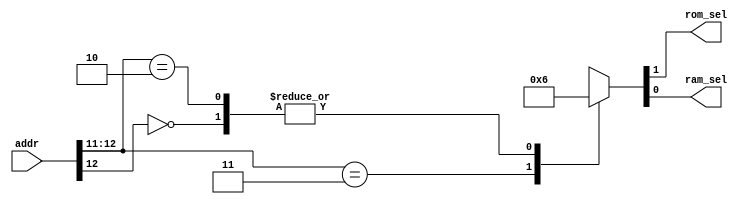
`timescale 1ns / 1ps
//////////////////////////////////////////////////////////////////////////////////
// Company: 
// Engineer: 
// 
// Design Name: 
// Module Name: addr_decode
// Project Name: 
// Target Devices: 
// Tool Versions: 
// Description: 
// 
// Dependencies: 
// 
// Revision:
// Revision 0.01 - File Created
// Additional Comments:
// 
//////////////////////////////////////////////////////////////////////////////////


module addr_decode(    
    rom_sel,
    ram_sel,
    addr
    );
    output  rom_sel, ram_sel;
    input   [12:0]   addr;
    reg rom_sel, ram_sel;
    
    always@(addr)
        begin
            casex(addr)
                13'b1_1xxx_xxxx_xxxx: {rom_sel, ram_sel} <= 2'b01;
                13'b0_xxxx_xxxx_xxxx: {rom_sel, ram_sel} <= 2'b10;
                13'b1_0xxx_xxxx_xxxx: {rom_sel, ram_sel} <= 2'b10;
                default:{rom_sel, ram_sel} <= 2'b00;
            endcase
        end       
endmodule